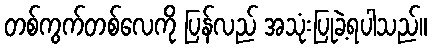
တစ်ကွက်တစ်လေကို ပြန်လည် အသုံးပြုခဲ့ရပါသည်။